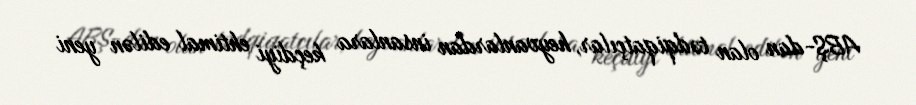
ABŞ-dan olan tədqiqatçılar, heyvanlardan insanlara keçdiyi ehtimal edilən yeni